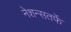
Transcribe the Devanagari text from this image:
नेशन्सतर्फे